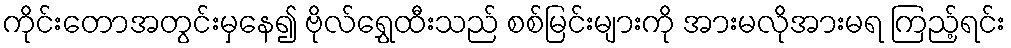
ကိုင်းတောအတွင်းမှနေ၍ ဗိုလ်ရွှေထီးသည် စစ်မြင်းများကို အားမလိုအားမရ ကြည့်ရင်း